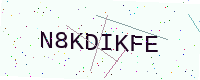
Text: N8KDIKFE